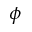
\phi